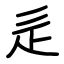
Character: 辵